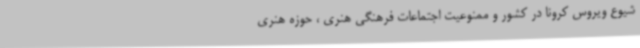
شیوع ویروس کرونا در کشور و ممنوعیت اجتماعات فرهنگی هنری ، حوزه هنری